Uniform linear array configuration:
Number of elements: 16
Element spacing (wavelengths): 0.5
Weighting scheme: cosine
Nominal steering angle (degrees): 0
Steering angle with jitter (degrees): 0.04307
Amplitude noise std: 0.05
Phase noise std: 0.05

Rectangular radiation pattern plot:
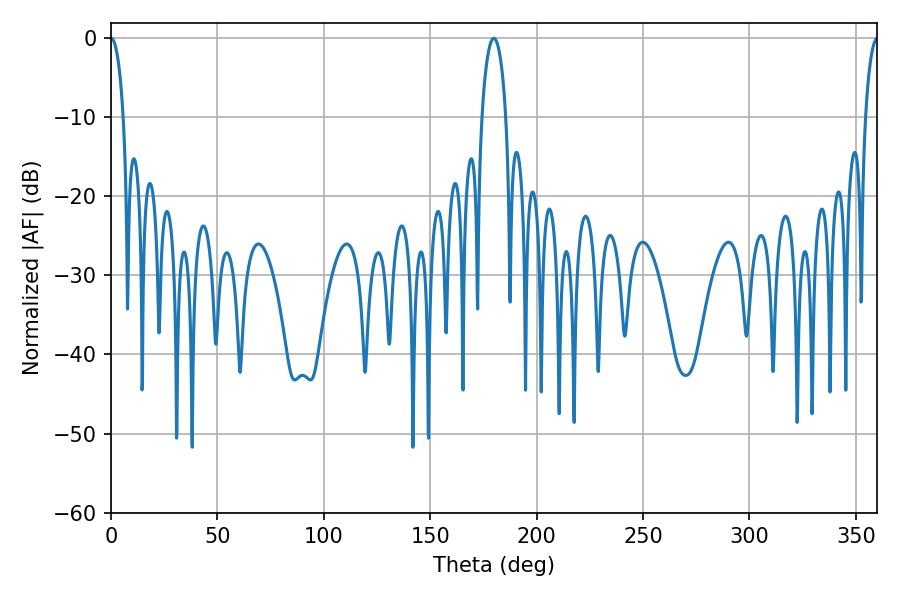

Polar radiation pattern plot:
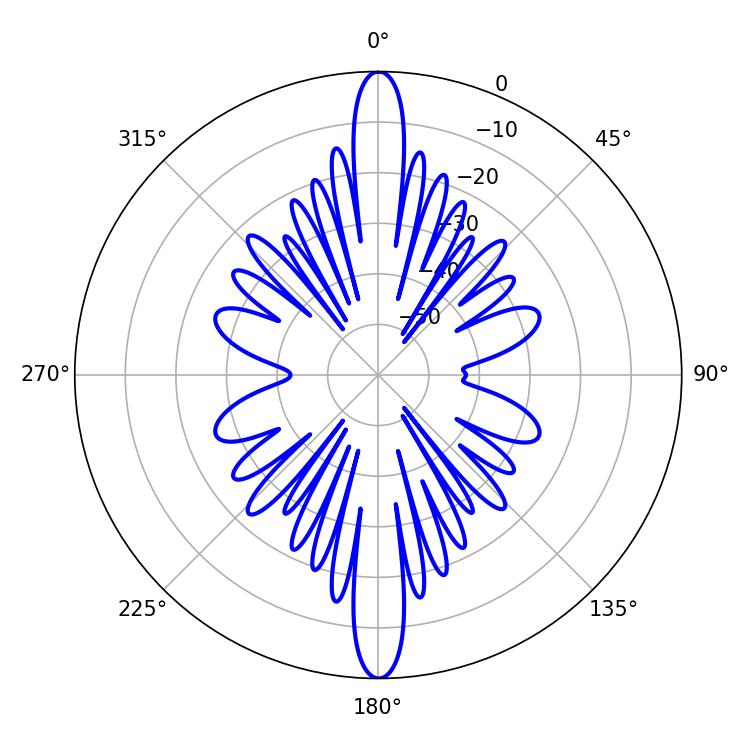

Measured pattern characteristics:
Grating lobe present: FALSE
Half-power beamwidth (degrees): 3.42
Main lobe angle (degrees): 0.18